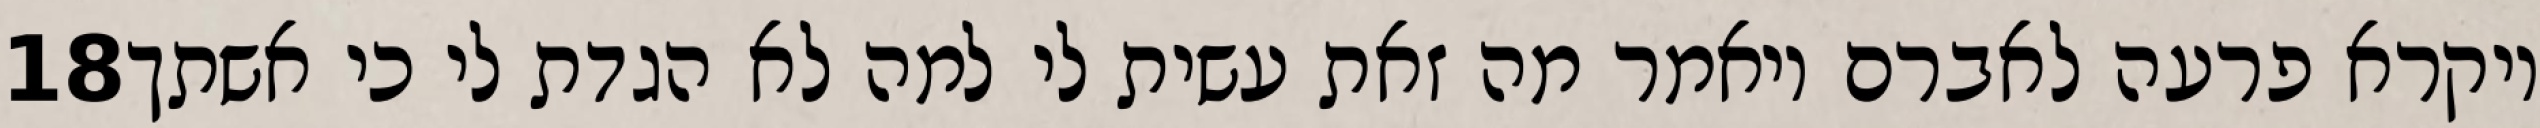
‎18‏ ויקרא פרעה לאברם ויאמר מה זאת עשית לי למה לא הגדת לי כי אשתך